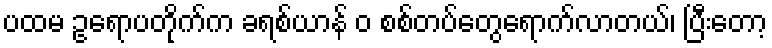
ပထမ ဥရောပတိုက်က ခရစ်ယာန် ဝ စစ်တပ်တွေရောက်လာတယ်၊ ပြီးတော့